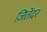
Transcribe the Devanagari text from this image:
जितेंदर